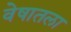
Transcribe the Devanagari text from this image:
वेषातला